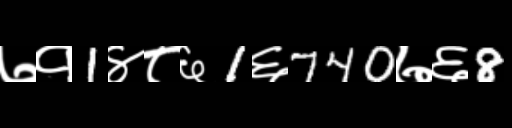
Text: ७१1४८६1६740७६8